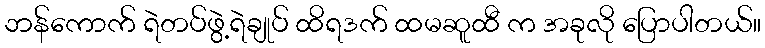
ဘန်ကောက် ရဲတပ်ဖွဲ့ရဲချုပ် ထိရဒက် ထမဆူထီ က အခုလို ပြောပါတယ်။